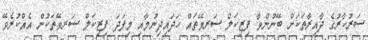
ސަރުކާރުގެ ދާއިރާތަކަށް ބޭނުންވާ ފިޒިކަލް ސަރވޭތައް ހަދައިދިނުމާއި މިފަދަ ފިޒިކަލް ސަރވޭތަކުން އެއްކުރެވޭ